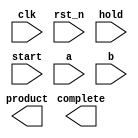
////////////////////////////////////////////////////////////////////////////////
//
//       This confidential and proprietary software may be used only
//     as authorized by a licensing agreement from Synopsys Inc.
//     In the event of publication, the following notice is applicable:
//
//                    (C) COPYRIGHT 2002 - 2018 SYNOPSYS INC.
//                           ALL RIGHTS RESERVED
//
//       The entire notice above must be reproduced on all authorized
//     copies.
//
//
// VERSION:   Verilog Simulation Model for DW_mult_seq
//
// DesignWare_version: e90338e1
// DesignWare_release: O-2018.06-DWBB_201806.3
//
////////////////////////////////////////////////////////////////////////////////

//------------------------------------------------------------------------------
//
//ABSTRACT:  Sequential Multiplier 
// Uses modeling functions from DW_Foundation.
//
//MODIFIED:
// 2/26/16 LMSU Updated to use blocking and non-blocking assigments in
//              the correct way
// 8/06/15 RJK Update to support VCS-NLP
// 2/06/15 RJK  Updated input change monitor for input_mode=0 configurations to better
//             inform designers of severity of protocol violations (STAR 9000851903)
// 5/20/14 RJK  Extended corruption of output until next start for configurations
//             with input_mode = 0 (STAR 9000741261)
// 9/25/12 RJK  Corrected data corruption detection to catch input changes
//             during the first cycle of calculation (related to STAR 9000505348)
// 1/5/12 RJK Change behavior when inputs change during calculation with
//          input_mode = 0 to corrupt output (STAR 9000505348)
//
//------------------------------------------------------------------------------

module DW_mult_seq ( clk, rst_n, hold, start, a,  b, complete, product);


// parameters 

  parameter  integer a_width     = 3; 
  parameter  integer b_width     = 3;
  parameter  integer tc_mode     = 0;
  parameter  integer num_cyc     = 3;
  parameter  integer rst_mode    = 0;
  parameter  integer input_mode  = 1;
  parameter  integer output_mode = 1;
  parameter  integer early_start = 0;
 
//-----------------------------------------------------------------------------

// ports 
  input clk, rst_n;
  input hold, start;
  input [a_width-1:0] a;
  input [b_width-1:0] b;

  output complete;
  output [a_width+b_width-1:0] product;

//-----------------------------------------------------------------------------
// synopsys translate_off

localparam signed [31:0] CYC_CONT = (input_mode==1 & output_mode==1 & early_start==0)? 3 :
                                    (input_mode==early_start & output_mode==0)? 1 : 2;

//-------------------Integers-----------------------
  integer count;
  integer next_count;
 

//-----------------------------------------------------------------------------
// wire and registers 

  wire clk, rst_n;
  wire hold, start;
  wire [a_width-1:0] a;
  wire [b_width-1:0] b;
  wire complete;
  wire [a_width+b_width-1:0] product;

  wire [a_width+b_width-1:0] temp_product;
  reg [a_width+b_width-1:0] ext_product;
  reg [a_width+b_width-1:0] next_product;
  wire [a_width+b_width-2:0] long_temp1,long_temp2;
  reg [a_width-1:0]   in1;
  reg [b_width-1:0]   in2;
  reg [a_width-1:0]   next_in1;
  reg [b_width-1:0]   next_in2;
 
  wire [a_width-1:0]   temp_a;
  wire [b_width-1:0]   temp_b;

  wire start_n;
  wire hold_n;
  reg ext_complete;
  reg next_complete;
 


//-----------------------------------------------------------------------------
  
  
 
  initial begin : parameter_check
    integer param_err_flg;

    param_err_flg = 0;
    
    
    if (b_width < 3) begin
      param_err_flg = 1;
      $display(
	"ERROR: %m :\n  Invalid value (%d) for parameter b_width (lower bound: 3)",
	b_width );
    end
    
    if ( (a_width < 3) || (a_width > b_width) ) begin
      param_err_flg = 1;
      $display(
	"ERROR: %m :\n  Invalid value (%d) for parameter a_width (legal range: 3 to b_width)",
	a_width );
    end
    
    if ( (num_cyc < 3) || (num_cyc > a_width) ) begin
      param_err_flg = 1;
      $display(
	"ERROR: %m :\n  Invalid value (%d) for parameter num_cyc (legal range: 3 to a_width)",
	num_cyc );
    end
    
    if ( (tc_mode < 0) || (tc_mode > 1) ) begin
      param_err_flg = 1;
      $display(
	"ERROR: %m :\n  Invalid value (%d) for parameter tc_mode (legal range: 0 to 1)",
	tc_mode );
    end
    
    if ( (rst_mode < 0) || (rst_mode > 1) ) begin
      param_err_flg = 1;
      $display(
	"ERROR: %m :\n  Invalid value (%d) for parameter rst_mode (legal range: 0 to 1)",
	rst_mode );
    end
    
    if ( (input_mode < 0) || (input_mode > 1) ) begin
      param_err_flg = 1;
      $display(
	"ERROR: %m :\n  Invalid value (%d) for parameter input_mode (legal range: 0 to 1)",
	input_mode );
    end
    
    if ( (output_mode < 0) || (output_mode > 1) ) begin
      param_err_flg = 1;
      $display(
	"ERROR: %m :\n  Invalid value (%d) for parameter output_mode (legal range: 0 to 1)",
	output_mode );
    end
    
    if ( (early_start < 0) || (early_start > 1) ) begin
      param_err_flg = 1;
      $display(
	"ERROR: %m :\n  Invalid value (%d) for parameter early_start (legal range: 0 to 1)",
	early_start );
    end
    
    if ( (input_mode===0 && early_start===1) ) begin
      param_err_flg = 1;
      $display(
	"ERROR: %m : Invalid parameter combination: when input_mode=0, early_start=1 is not possible" );
    end

  
    if ( param_err_flg == 1) begin
      $display(
        "%m :\n  Simulation aborted due to invalid parameter value(s)");
      $finish;
    end

  end // parameter_check 


//------------------------------------------------------------------------------

  assign start_n      = ~start;
  assign complete     = ext_complete & start_n;

  assign temp_a       = (in1[a_width-1])? (~in1 + 1'b1) : in1;
  assign temp_b       = (in2[b_width-1])? (~in2 + 1'b1) : in2;
  assign long_temp1   = temp_a*temp_b;
  assign long_temp2   = ~(long_temp1 - 1'b1);
  assign temp_product = (tc_mode)? (((in1[a_width-1] ^ in2[b_width-1]) && (|long_temp1))?
                                {1'b1,long_temp2} : {1'b0,long_temp1}) : in1*in2;

// Begin combinational next state assignments
  always @ (start or hold or a or b or count or in1 or in2 or
            temp_product or ext_product or ext_complete) begin
    if (start === 1'b1) begin                     // Start operation
      next_in1      = a;
      next_in2      = b;
      next_count    = 0;
      next_complete = 1'b0;
      next_product  = {a_width+b_width{1'bX}};
    end else if (start === 1'b0) begin            // Normal operation
      if (hold === 1'b0) begin
        if (count >= (num_cyc+CYC_CONT-4)) begin
          next_in1      = in1;
          next_in2      = in2;
          next_count    = count; 
          next_complete = 1'b1;
          next_product  = temp_product;
        end else if (count === -1) begin
          next_in1      = {a_width{1'bX}};
          next_in2      = {b_width{1'bX}};
          next_count    = -1; 
          next_complete = 1'bX;
          next_product  = {a_width+b_width{1'bX}};
        end else begin
          next_in1      = in1;
          next_in2      = in2;
          next_count    = count+1; 
          next_complete = 1'b0;
          next_product  = {a_width+b_width{1'bX}};
        end
      end else if (hold === 1'b1) begin           // Hold operation
        next_in1      = in1;
        next_in2      = in2;
        next_count    = count; 
        next_complete = ext_complete;
        next_product  = ext_product;
      end else begin                              // hold == x
        next_in1      = {a_width{1'bX}};
        next_in2      = {b_width{1'bX}};
        next_count    = -1;
        next_complete = 1'bX;
        next_product  = {a_width+b_width{1'bX}};
      end
    end else begin                                // start == x
      next_in1      = {a_width{1'bX}};
      next_in2      = {b_width{1'bX}};
      next_count    = -1;
      next_complete = 1'bX;
      next_product  = {a_width+b_width{1'bX}};
    end
  end
// end combinational next state assignments

generate
  if (rst_mode == 0) begin : GEN_RM_EQ_0

  // Begin sequential assignments
    always @ ( posedge clk or negedge rst_n ) begin: ar_register_PROC
      if (rst_n === 1'b0) begin                   // initialize everything asyn reset
        count        <= 0;
        in1          <= 0;
        in2          <= 0;
        ext_product  <= 0;
        ext_complete <= 0;
      end else if (rst_n === 1'b1) begin          // rst_n == 1
        count        <= next_count;
        in1          <= next_in1;
        in2          <= next_in2;
        ext_product  <= next_product;
        ext_complete <= next_complete & start_n;
      end else begin                              // rst_n == X
        in1          <= {a_width{1'bX}};
        in2          <= {b_width{1'bX}};
        count        <= -1;
        ext_product  <= {a_width+b_width{1'bX}};
        ext_complete <= 1'bX;
      end 
   end // ar_register_PROC

  end else  begin : GEN_RM_NE_0

  // Begin sequential assignments
    always @ ( posedge clk ) begin: sr_register_PROC 
      if (rst_n === 1'b0) begin                   // initialize everything asyn reset
        count        <= 0;
        in1          <= 0;
        in2          <= 0;
        ext_product  <= 0;
        ext_complete <= 0;
      end else if (rst_n === 1'b1) begin          // rst_n == 1
        count        <= next_count;
        in1          <= next_in1;
        in2          <= next_in2;
        ext_product  <= next_product;
        ext_complete <= next_complete & start_n;
      end else begin                              // rst_n == X
        in1          <= {a_width{1'bX}};
        in2          <= {b_width{1'bX}};
        count        <= -1;
        ext_product  <= {a_width+b_width{1'bX}};
        ext_complete <= 1'bX;
      end 
   end // ar_register_PROC

  end
endgenerate

  wire corrupt_data;

generate
  if (input_mode == 0) begin : GEN_IM_EQ_0

    localparam [0:0] NO_OUT_REG = (output_mode == 0)? 1'b1 : 1'b0;
    reg [a_width-1:0] ina_hist;
    reg [b_width-1:0] inb_hist;
    wire next_corrupt_data;
    reg  corrupt_data_int;
    wire data_input_activity;
    reg  init_complete;
    wire next_alert1;
    integer change_count;

    assign next_alert1 = next_corrupt_data & rst_n & init_complete &
                                    ~start & ~complete;

    if (rst_mode == 0) begin : GEN_A_RM_EQ_0
      always @ (posedge clk or negedge rst_n) begin : ar_hist_regs_PROC
	if (rst_n === 1'b0) begin
	    ina_hist        <= a;
	    inb_hist        <= b;
	    change_count    <= 0;

	  init_complete   <= 1'b0;
	  corrupt_data_int <= 1'b0;
	end else begin
	  if ( rst_n === 1'b1) begin
	    if ((hold != 1'b1) || (start == 1'b1)) begin
	      ina_hist        <= a;
	      inb_hist        <= b;
	      change_count    <= (start == 1'b1)? 0 :
	                         (next_alert1 == 1'b1)? change_count + 1 : change_count;
	    end

	    init_complete   <= init_complete | start;
	    corrupt_data_int<= next_corrupt_data | (corrupt_data_int & ~start);
	  end else begin
	    ina_hist        <= {a_width{1'bx}};
	    inb_hist        <= {b_width{1'bx}};
	    change_count    <= -1;
	    init_complete   <= 1'bx;
	    corrupt_data_int <= 1'bX;
	  end
	end
      end
    end else begin : GEN_A_RM_NE_0
      always @ (posedge clk) begin : sr_hist_regs_PROC
	if (rst_n === 1'b0) begin
	    ina_hist        <= a;
	    inb_hist        <= b;
	    change_count    <= 0;
	  init_complete   <= 1'b0;
	  corrupt_data_int <= 1'b0;
	end else begin
	  if ( rst_n === 1'b1) begin
	    if ((hold != 1'b1) || (start == 1'b1)) begin
	      ina_hist        <= a;
	      inb_hist        <= b;
	      change_count    <= (start == 1'b1)? 0 :
	                         (next_alert1 == 1'b1)? change_count + 1 : change_count;
	    end

	    init_complete   <= init_complete | start;
	    corrupt_data_int<= next_corrupt_data | (corrupt_data_int & ~start);
	  end else begin
	    ina_hist        <= {a_width{1'bx}};
	    inb_hist        <= {b_width{1'bx}};
	    init_complete    <= 1'bx;
	    corrupt_data_int <= 1'bX;
	    change_count     <= -1;
	  end
	end
      end
    end // GEN_A_RM_NE_0

    assign data_input_activity =  (((a !== ina_hist)?1'b1:1'b0) |
				 ((b !== inb_hist)?1'b1:1'b0)) & rst_n;

    assign next_corrupt_data = (NO_OUT_REG | ~complete) &
                              (data_input_activity & ~start &
					~hold & init_complete);

`ifdef UPF_POWER_AWARE
  `protected
)9\ALdD@9g#4;?8g1cA<aM5Z-=GFNf>Y=_U2f2CDR-JH3_Y9&dWT4)PcCWJ<C+/I
M\Q.Bg0KgYgA9/],-)KYg&FM0eZY2;X=c,Y6Hg^4b6&@B34N/I0+U2530&Eb@G31
^W0T=d0VB2e,3::G=,dfeRRUWQQ\7(.,1DWTc/0IAUKF.YM+Q.AJ:I(KdV)H4I=>
Q-F),595ZM2OOY>CgD7G@MD7<f6>I7?2Ie?^.9Jag8Ze)8e7DGcK+A0Ag)T>0Y1V
+-T_)29K8B[.&c978\XAGYT4XAUK[cWIgKf<U<7M<JQf6W8M0ME&a+ZfMZ(c>QL9
^,<@9,J+CZ0Z^F8\QPgZ#QW55&+[V2-Q,E>C]X8MNCM_R@F1e#&BDUCSJ)V##=,P
N:I>R5BOKRZW(BLV2,8[H&7AT9B_>GHIZS.Y)SH7)AT#Q[P5(6ZI@.F7AUD,S,C>
BBDBf_8=>#Q+HPM;H[X7/24:R^;G6bOFfUDN41^WRM(I0=V6)#&CbK+Tf/a(@F5[
8#.YV+?d9/F?G>@1&QT>UI.Y@D4d/F?A_C#+RAL;J/X\6=SZ?.)_-SX833g>OS>Q
bWC1(6]CY?S:Sfb?G?SRLRLBa4.YTeV2S/WUMgc@YBOe_M]a<9_+(J\1:H0N/()6
@\IaJ)MF_PdBF9I.V_D#Z8(DK-_?<3UI808?+S:22V\MQ]\77UH5cJI46OLb:d#@
aQ/6S2/.;:aNS5a0^ZUAV.B;Z<A9=.;(ZCKaL/[gb/KUTga-3P)P((X./(J_DC#Q
QR_+e@D=BL<^79J)c(,P?eWIgRZ&L.+R1]^=_)^C&(+/3(V5GU,8fQfS7Oc(/3f9
e;6UaTO6_(#^@.:_cF<2;8J>3\a1EZUIb5=+)B;K6^-(EQO\>85D2#IGB35dFV\d
.1C0GUg:W]OYbbSO5^5N)/XZJHD(&G&3-E2aW8P<H9IOD:_aX1S@f6gS>WJO@:FP
8X0\f?AUOM<E0B?NNXcZQC]fCEWSS\>V5(C^Cf4KNL\Y^f&]5FaB.RGY4dc[NG3f
B>HJF^bbWA@H3QW5R7HXWVN?H]XN2IPCd0BXeG57Q_0L+.QSf/+0JNCBgB)?Pg/2
6,Ic2b574#N<SJge>GcXH(e88OGNJ[S5O??B02^#-#K&G=]1e3HRGCF<+9eee(<F
Pf;:XY<Og6dP>)DS7WQ0USVGBQ(MB2E2=U6H[5>2.e[+78a8;;bQgAG.)R2X5eTE
<\eI+EY?)^7C+(?Bb@M-5<cP^H/ADU-g-/+=V60ObeDIQFBY;bdB#C[L>=\R/_,A
[IY5K83dS7.(5@+fNS)A8_3/d@XV8:X6.1_):dg>0(+X<6,SgKC&)SBC<3DJPg<g
VbQ58TZ;HS312DE^=bCL,2:]aZbDKNe_aM(5#O+[5OY,f8I]PVZQZ:2I@3:dK5I0
=UCP#GG>;>?_-6PTTSA#g6^ZX@_9c<+,&gJGc\>f=SVG2UICY7OA=PGH^MTDQS5M
KZ[^/^a43UHMSX;<31_=-a?f<Z,3LMOXVCP;F.O:,;)=)BScIJ/#<f)?62R3+KK2
c7Zg^HXHU/\R\..Hd-QJ2H]9X@;_=g-&I4.,S-(2BZ26\e:M\^-NO8aZTb9J=)]g
X2f:<A:97.8JY=4,+-K7?<YZNJ2Eb1\U(6GT8D]&G(1M5\_9E+Y#I>6D:1?-36XD
_#U.@a-3;)W6-F?H(4T5(B^>YGK4eeB^>/BL8K[BIbd(CLFU]NUHNfgVcHe6Sc5U
f\XQ2FD=c]T77<LBB,YN2P(g7#T\WXU(PV7I?F0[cENG\0:QB=gdM&e/FAbbQ+Z#
L?UUD-6fY^gZV],GW_X-X?Q,J]+[,VaL:7OA2UN76UWA5gcgFG.+YN+baVU08S6<
R.OU-1<@Ma#Bb9Ge0=H&\OWO,&f(JP>;I<d+IG3:/[Vf.\D@8?8]NSFBPgS@>aVH
9cY\MLJ.O0<GE(I\S>AD(3L;:e51DI>5=[(8GZGL[.bfHP\2?8<K@M\FY&G@_bJ)
)75SQ2C2=NY7f&,RdM.:Pdbe\cL]I)IH:>YC1=8a,&B\<@L<CB-0AWZ#>[,?>>5=
e&(@LW?RL926IBXI(.#BILadbB]RC7Wb#]@\YbA3DBc0[@7\dZecWeS1c2T+QS>0
f2#;)]N;TV.[dTB^f6K^+N4T=1\XR3S2G5E8aG[^[QUZP[YX9d\f>#<Q+>:D7L7.
&W-].U9KO)55+Ad3GX5A]R0Z-G+OVE8W31485>:<P7ZY5E1fJ,dPCgX.[Af^>@GO
g-QYb:(/@5X^]Q]-(IXN:W>QZ#[KD^;/R:\H27g/b)_4f4F/[<ZGZ8g=M\5\>B^:
75W/(WS<IT;YB:;5@^^7.4UTTWD2-T9QPZY]5M[&V0NE=P+&a68#D9A;U6N<=9]?W$
`endprotected

`else
    always @ (posedge clk) begin : corrupt_alert_PROC
      integer updated_count;

      updated_count = change_count;

      if (next_alert1 == 1'b1) begin
        $display("## Warning from %m: DW_mult_seq operand input change near %0d will cause corrupted results if operation is allowed to complete.", $time);
	updated_count = updated_count + 1;
      end

      if (((rst_n & init_complete & ~start & ~complete & next_complete) == 1'b1) &&
          (updated_count > 0)) begin
	$display(" ");
	$display("############################################################");
	$display("############################################################");
	$display("##");
	$display("## Error!! : from %m");
	$display("##");
	$display("##    This instance of DW_mult_seq has encountered %0d change(s)", updated_count);
	$display("##    on operand input(s) after starting the calculation.");
	$display("##    The instance is configured with no input register.");
	$display("##    So, the result of the operation was corrupted.  This");
	$display("##    message is generated at the point of completion of");
	$display("##    the operation (at time %0d), separate warning(s) were", $time );
	$display("##    generated earlier during calculation.");
	$display("##");
	$display("############################################################");
	$display("############################################################");
	$display(" ");
      end
    end
`endif

    assign corrupt_data = corrupt_data_int;

  if (output_mode == 0) begin : GEN_OM_EQ_0
    reg  alert2_issued;
    wire next_alert2;

    assign next_alert2 = next_corrupt_data & rst_n & init_complete &
                                     ~start & complete & ~alert2_issued;

`ifdef UPF_POWER_AWARE
  `protected
\@3YabQ3\9e+35CFJQHP5OXdX4=6;#.]V[[@&/_FYOO6T1ZTTa<D/)6cND_C#+E3
-\LdbeSb(1Hc08CH^MegE4TP_7_+K_&.N&+(7R,&R0=VZCfGY+f_R\g^6?(&X3K>
Rd<3V3>;)E7S1GP1#2H3T18BE6B&YB/Sgf#<.#eGNZA,/IRBYL:E9fN-1F]<YHIg
MUM9)X@Q_40dBQYHMfeO=-H]Ua7\:[4cg#ZHRaX18bL-XaZ3E/9JMH:(LaSXHNNX
&&a2ZQD6SISOJC8_E[RAg7cZNXIUAC-^F]99;Jb:EJ:WYM=GZ)D0&8aS]aP-9TQG
J:_5Q&/#\-d^.+LF0F&BMd9&CGR?ZPU<Q;/6T4]YgNHd4]A.^<W-Tc+#^]Q[,FRT
fSdaP469NA0G>.96C=_deU(PBK)PZHE3N0N]U1J,5>b,3LAcIAfXQ-6e/aA,;]-A
@+fA>4)5f(?;[9PXI]U^1@ER(:^a9YR2HWOZcW0W?gBg++83SXGKVIU=[796\0=b
OUH8&O(S.VV;/$
`endprotected

`else
    always @ (posedge clk) begin : corrupt_alert2_PROC
      if (next_alert2 == 1'b1) begin
        $display( "## Warning from %m: DW_mult_seq operand input change near %0d causes output to no longer retain result of previous operation.", $time);
      end
    end
`endif

    if (rst_mode == 0) begin : GEN_AI_REG_AR
      always @ (posedge clk or negedge rst_n) begin : ar_alrt2_reg_PROC
        if (rst_n == 1'b0) alert2_issued <= 1'b0;

	  else alert2_issued <= ~start & (alert2_issued | next_alert2);
      end
    end else begin : GEN_AI_REG_SR
      always @ (posedge clk) begin : sr_alrt2_reg_PROC
        if (rst_n == 1'b0) alert2_issued <= 1'b0;

	  else alert2_issued <= ~start & (alert2_issued | next_alert2);
      end
    end

  end  // GEN_OM_EQ_0

  // GEN_IM_EQ_0
  end else begin : GEN_IM_NE_0
    assign corrupt_data = 1'b0;
  end // GEN_IM_NE_0
endgenerate

  assign product      = ((((input_mode==0)&&(output_mode==0)) || (early_start == 1)) && start == 1'b1) ?
			  {a_width+b_width{1'bX}} :
                          (corrupt_data === 1'b0)? ext_product : {a_width+b_width{1'bX}};


 
  always @ (clk) begin : P_monitor_clk 
    if ( (clk !== 1'b0) && (clk !== 1'b1) && ($time > 0) )
      $display( "WARNING: %m :\n  at time = %t, detected unknown value, %b, on clk input.",
                $time, clk );
    end // P_monitor_clk 
// synopsys translate_on

endmodule